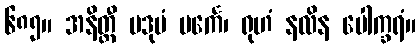
၆၈၅။ အနိတ္ထီ ပဒုမံ ပင်္ကေ၊ ရုဟံ နလိန ပေါက္ခရံ။